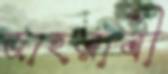
জাহরাবী